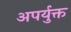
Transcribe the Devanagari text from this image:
अपर्युक्त